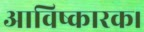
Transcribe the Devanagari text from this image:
आविष्कारक।